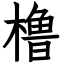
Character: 橹